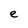
Character: e